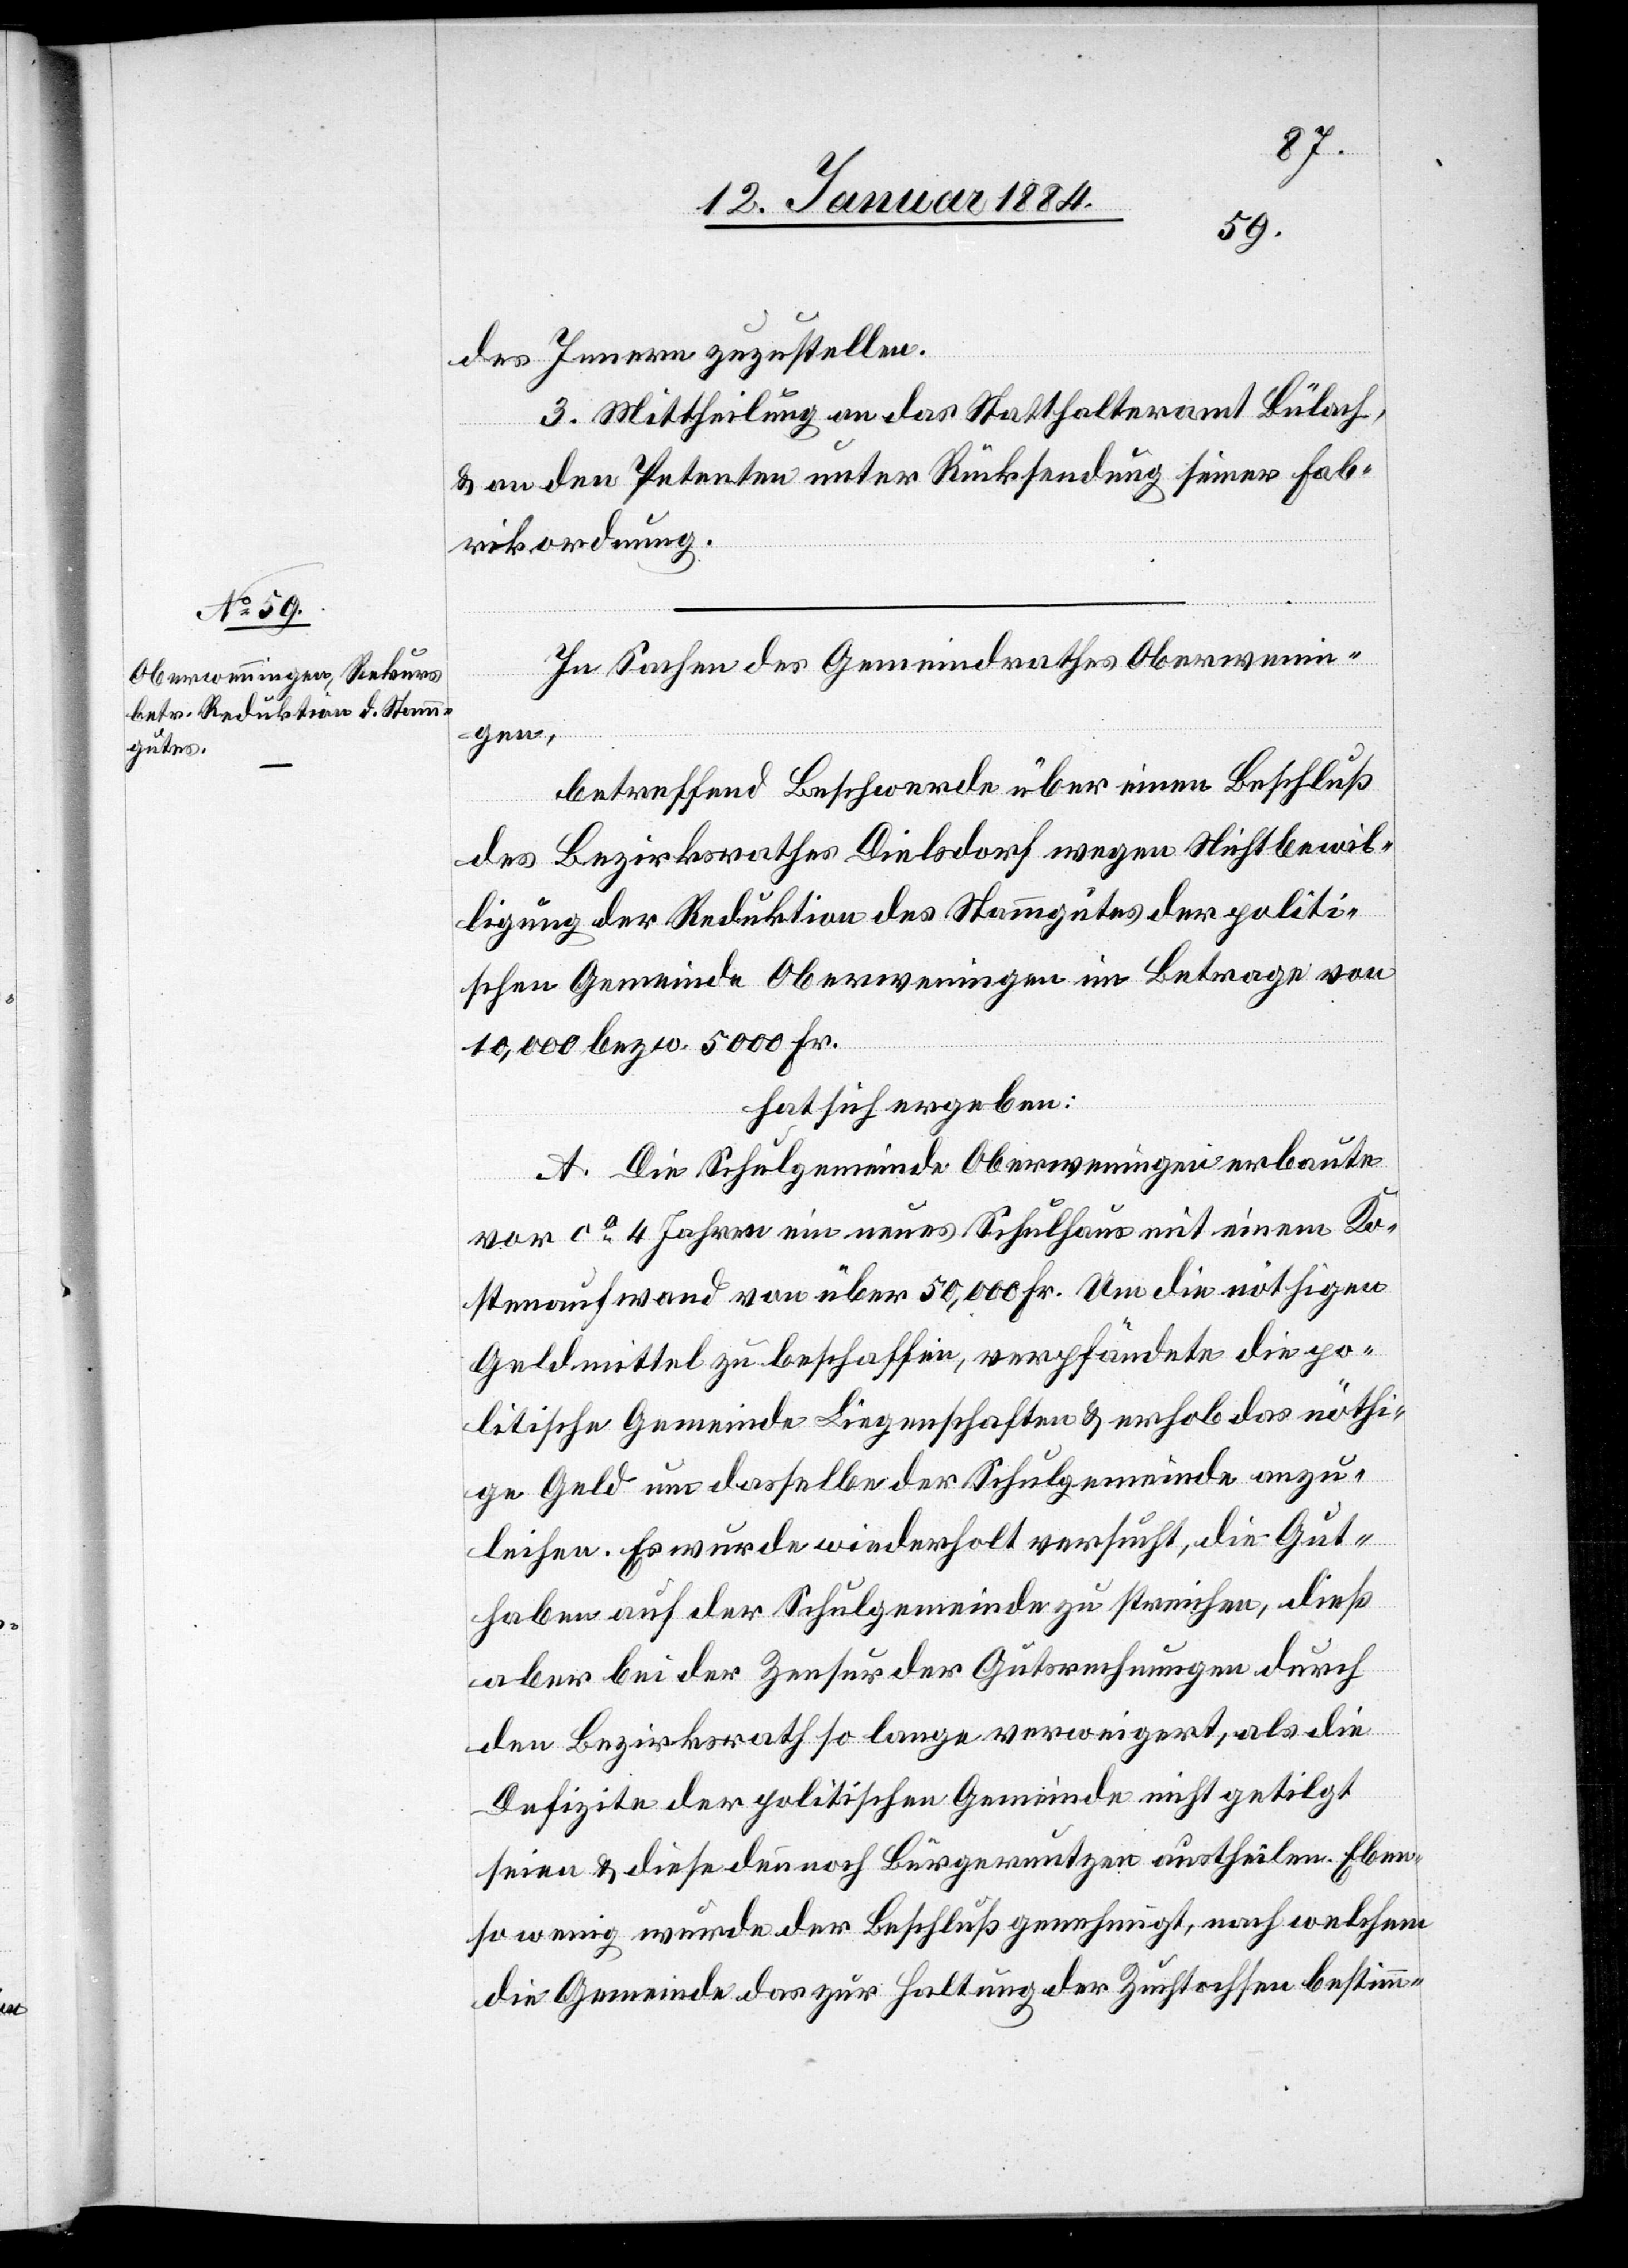
des Innern zuzustellen.
3. Mittheilung an das Statthalteramt Bülach
& an den Petenten unter Rücksendung seiner Fab¬
rikordnung.
In Sachen des Gemeindrathes Oberwenin¬
gen,
betreffend Beschwerde über einen Beschluß
des Bezirksrathes Dielsdorf wegen Nichtbewil¬
ligung der Reduktion des Stammgutes der politi¬
schen Gemeinde Oberweningen im Betrage von
10,000 bzw. 5000 Fr.
hat sich ergeben:
A. Die Schulgemeinde Oberweningen erbaute
vor ca. 4 Jahren ein neues Schulhaus mit einem Ko¬
stenaufwand von über 50,000 Fr. Um die nöthigen
Geldmittel zu beschaffen, verpfändete die po¬
litische Gemeinde Liegenschaften & erhob das nöthi¬
ge Geld um dasselbe der Schulgemeinde anzu¬
leihen. Es wurde wiederholt versucht, die Gut¬
haben auf der Schulgemeinde zu streichen, dieß
aber bei der Zensur der Gutsrechnungen durch
den Bezirksrath so lange verweigert, als die
Defizite der politischen Gemeinde nicht getilgt
seien & diese dennoch Bürgernutzen austheilen. Eben¬
so wenig wurde der Beschluß genehmigt, nach welchem
die Gemeinde das zur Haltung der Zuchtrechte bestimm-